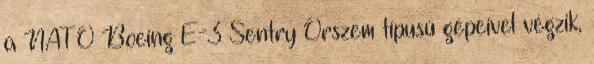
a NATO Boeing E-3 Sentry Őrszem típusú gépeivel végzik,